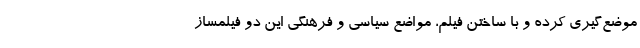
موضع‌گیری کرده و با ساختن فیلم، مواضع سیاسی و فرهنگی این دو فیلمساز